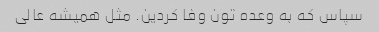
سپاس که به وعده تون وفا کردین. مثل همیشه عالی